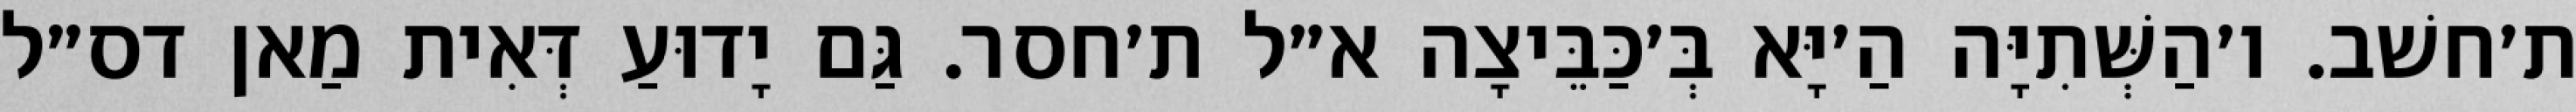
ת׳חשׁב. ו׳הַשְּׁתִיָּה הַ׳יָּא בְּ׳כַּבֵּיצָה א״ל ת׳חסר. גַּם יָדוּעַ דְּאִית מַאן דס״ל